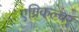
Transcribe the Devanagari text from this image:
एग्रिकल्चर